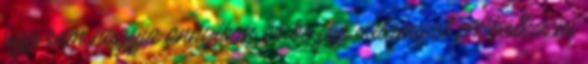
úgy sem hagyja annyiban és be fog valamivel próbálkozni